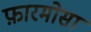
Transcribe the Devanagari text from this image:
फ़ारमोसा